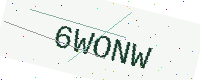
Text: 6WONW